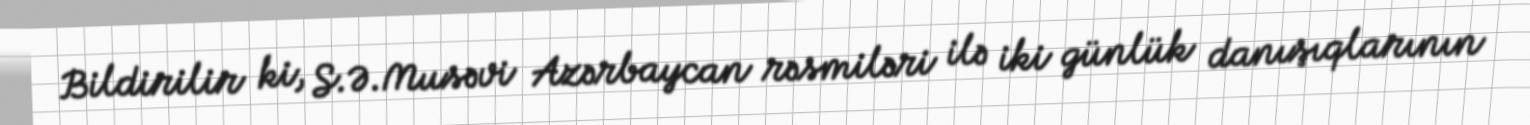
Bildirilir ki, S.Ə.Musəvi Azərbaycan rəsmiləri ilə iki günlük danışıqlarının